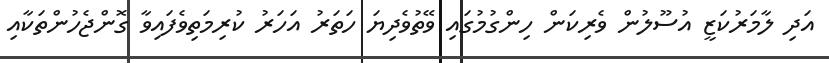
އަދި ލާމަރުކަޒީ އުސޫލުން ވެރިކަން ހިންގުމުގައި ވޭތުވެދިޔަ ހަތަރު އަހަރު ކުރިމަތިވެފައިވާ ގޮންޖެހުންތަކާއި